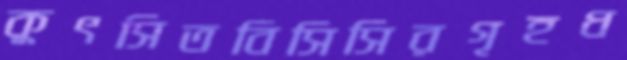
কুৎসিতবিসিসিরগৃহধ